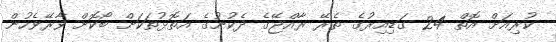
ކުރިއަށް އޮތް 24 ގަޑިއިރުގެ ތެރޭ ރާއްޖޭގެ ދެކުނުގެ އަތޮޅުތަކަށް ބޯކޮށް ވާރޭވެހުން